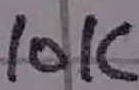
Text: 10K